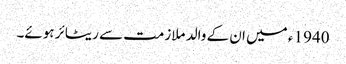
1940 ء میں ان کے والد ملازمت سے ریٹائر ہوئے۔